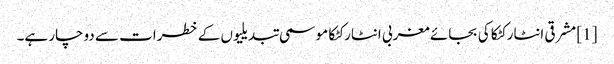
[1] مشرقی انٹارکٹکا کی بجائے مغربی انٹارکٹکا موسمی تبدیلیوں کے خطرات سے دوچار ہے۔